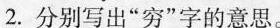
2.分别写出”穷”字的意思。